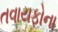
તવાયફોના